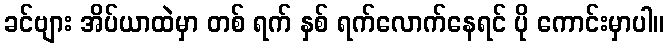
ခင်ဗျား အိပ်ယာထဲမှာ တစ် ရက် နှစ် ရက်လောက်နေရင် ပို ကောင်းမှာပါ။